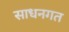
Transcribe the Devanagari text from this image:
साधनगत